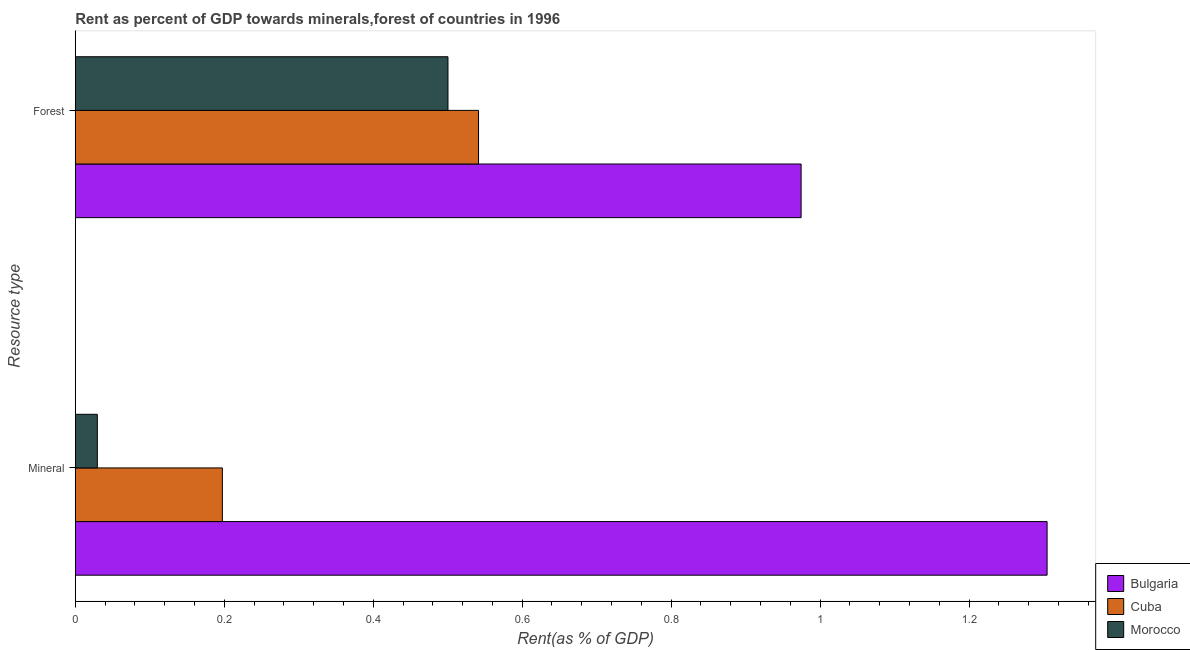
| Resource type | Bulgaria | Cuba | Morocco |
 | --- | --- | --- | --- |
 | Mineral | 1.3 | 0.197 | 0.0296 |
 | Forest | 0.975 | 0.541 | 0.5 |